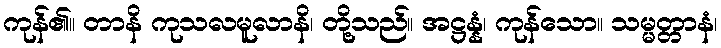
ကုန်၏။ တာနိ ကုသလမူလာနိ၊ တို့သည်။ အဋ္ဌန္နံ၊ ကုန်သော။ သမ္မတ္တာနံ၊